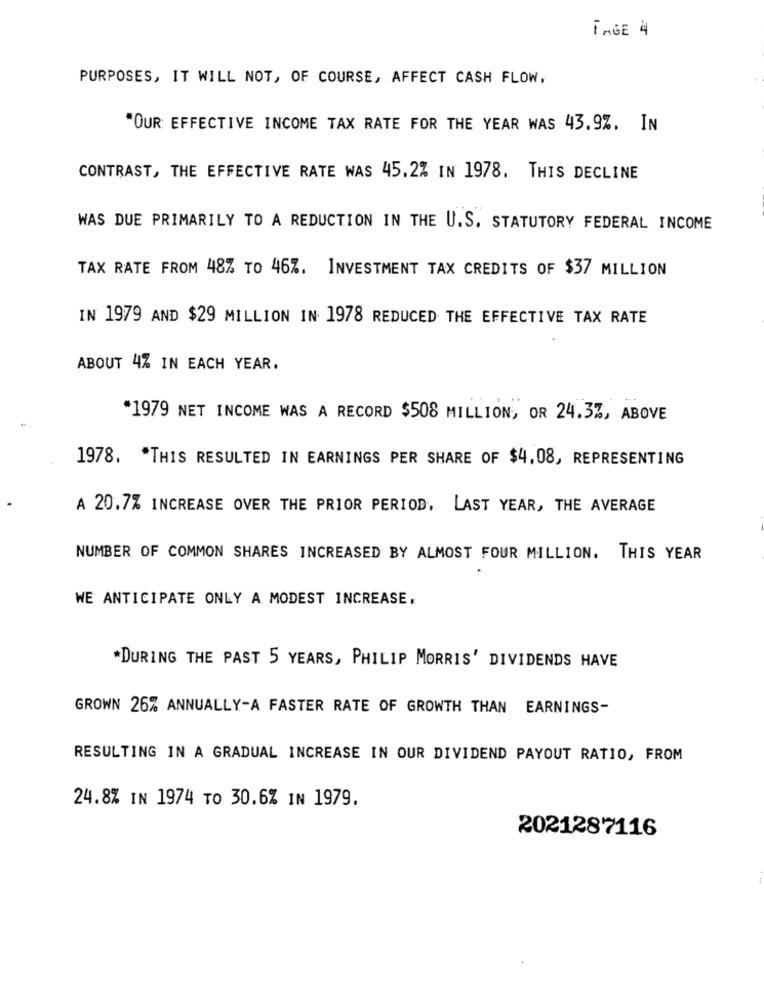
TAGE 4
PURPOSES, IT WILL NOT, OF COURSE, AFFECT CASH FLOW,
"OUR: EFFECTIVE INCOME TAX RATE FOR THE YEAR WAS 43.9%. IN
CONTRAST, THE EFFECTIVE RATE WAS 45.2% IN 1978. THIS DECLINE
WAS DUE PRIMARILY TO A REDUCTION IN THE U.S. STATUTORY FEDERAL INCOME
TAX RATE FROM 48% TO 46%. INVESTMENT TAX CREDITS OF $37 MILLION
IN 1979 AND $29 MILLION IN 1978 REDUCED THE EFFECTIVE TAX RATE
ABOUT 4% IN EACH YEAR.
*1979 NET INCOME WAS A RECORD $508 MILLION, OR 24.3%, ABOVE
1978. * THIS RESULTED IN EARNINGS PER SHARE OF $4,08, REPRESENTING
A 20.7% INCREASE OVER THE PRIOR PERIOD, LAST YEAR, THE AVERAGE
NUMBER OF COMMON SHARES INCREASED BY ALMOST FOUR MILLION. THIS YEAR
WE ANTICIPATE ONLY A MODEST INCREASE.
*DURING THE PAST 5 YEARS, PHILIP MORRIS' DIVIDENDS HAVE
GROWN 26% ANNUALLY-A FASTER RATE OF GROWTH THAN EARNINGS-
RESULTING IN A GRADUAL INCREASE IN OUR DIVIDEND PAYOUT RATIO, FROM
24.8% IN 1974 TO 30.6% IN 1979.
2021287116